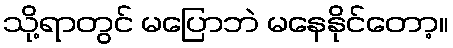
သို့ရာတွင် မပြောဘဲ မနေနိုင်တော့။